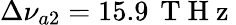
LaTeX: \Delta\nu_{a2}=15.9\, \mathrm{~T~H~z~}